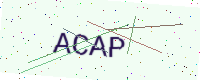
Text: ACAP